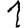
Digit: 1